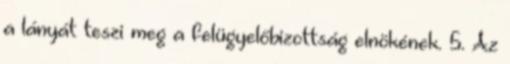
a lányát teszi meg a felügyelőbizottság elnökének. 5. Az